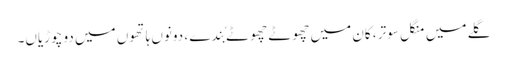
گلے میں منگل سوتر ، کان میں چھوٹے چھوٹے بُندے ، دونوں ہاتھوں میں دو چوڑیاں۔